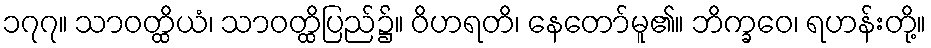
၁၇၇။ သာဝတ္ထိယံ၊ သာဝတ္ထိပြည်၌။ ဝိဟရတိ၊ နေတော်မူ၏။ ဘိက္ခဝေ၊ ရဟန်းတို့။